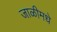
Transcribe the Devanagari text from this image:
जाळीमधे